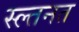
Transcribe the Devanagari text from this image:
स्ल्तनत